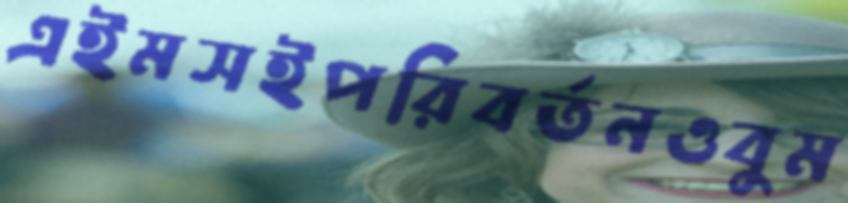
এইমসইপরিবর্তনওবুম